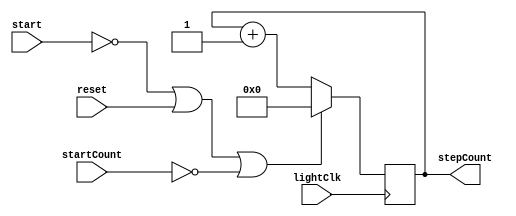
`timescale 1ns / 1ps

module StepCount(
        input lightClk, reset, start, startCount,
        output [15:0]stepCount
    );
    //reg overflowCheck=0;
    reg [15:0] count=0;
    assign stepCount=count;
    //Light pulse when start is high
/*
always@(startCount) begin
    if(startCount==0) count=0;
    else count=count;
 end
 */
 /*
 always@(start) begin
    if (!start) count=0;
    overflowCheck=0;
end
 */
always@(posedge lightClk) begin
    if (!start||reset||!startCount) count=0;
    else begin 
        count=count+1;
//        if(count>9999) overflowCheck=1;
//        else overflowCheck=0; 
    end
end
    
    
    
endmodule